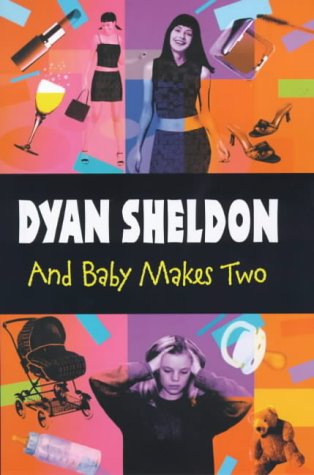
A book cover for And Baby Makes Two; Dyan Sheldon; Teen & Young Adult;